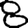
Digit: 8